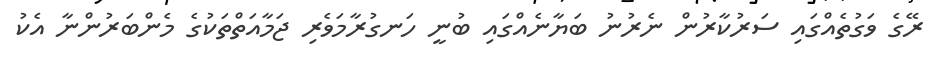
ރޭގެ ވަގުތެއްގައި ސަރުކާރުން ނެރުނު ބަޔާނެއްގައި ބުނީ ހަނގުރާމަވެރި ޖަމާއަތްތަކުގެ މެންބަރުންނާ އެކު